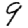
Digit: 9